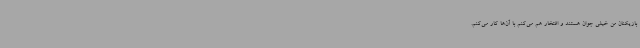
بازیکنان من خیلی جوان هستند و افتخار هم می‌کنم با آن‌ها کار می‌کنم.